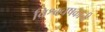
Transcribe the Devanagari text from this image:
विश्वचषकाची